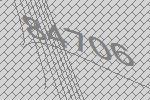
84706